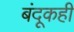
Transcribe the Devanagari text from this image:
बंदूकही